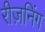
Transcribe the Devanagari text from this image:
रीज़निंग